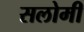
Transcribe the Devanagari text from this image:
सलोमी